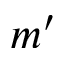
m ^ { \prime }